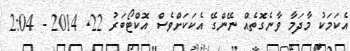
އެކަމަކު މާދަމާ ވާނެގޮތެއް ނޭންގޭ އެކަކަށްވެސް އޮކްޓޯބަރު 22